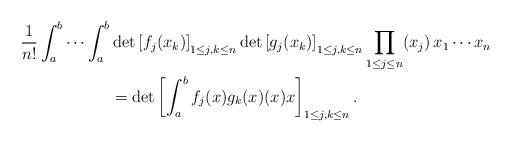
LaTeX: \begin{align*}\frac{1}{n!} \int_a^{b}\cdots\int_a^b & \det \left[ f_j(x_k) \right]_{1\leq j,k\leq n} \det \left[ g_j(x_k)\right]_{1\leq j,k\leq n}\prod_{1\leq j\leq n} (x_j)\, x_1\cdots x_n \\ &=\det \left[ \int_a^b f_j(x)g_k(x) (x) x \right]_{1\leq j,k\leq n} .\end{align*}